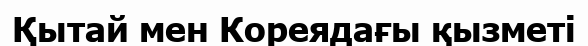
Қытай мен Кореядағы қызметі